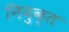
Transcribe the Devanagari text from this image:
नियुक्त